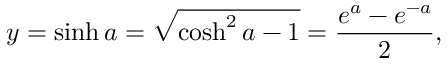
y = \sinh a = { \sqrt { \cosh ^ { 2 } a - 1 } } = { \frac { e ^ { a } - e ^ { - a } } { 2 } } ,